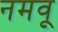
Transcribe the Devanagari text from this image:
नमवू